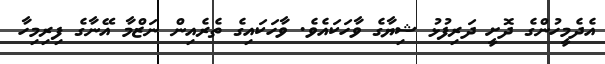
އެދެމީހުންގެ ދޮށީ ދަރިފުޅު ޝިޔާގެ ވާހަކައެވެ. ވާހަކައިގެ ތެރެއިން ނަޒްމާ އޭނާގެ ފިރިމިހާ